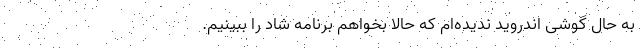
به حال گوشی اندروید ندیده‌ام که حالا بخواهم برنامه شاد را ببینیم.